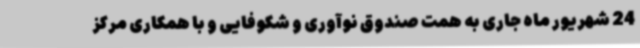
24 شهریور ماه جاری به همت صندوق نوآوری و شکوفایی و با همکاری مرکز